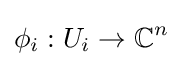
\phi _{i}:U_{i}\to \mathbb {C} ^{n}